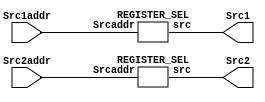
module RF(
    input  [4:0]Src1addr,
    input  [4:0]Src2addr,
    output [31:0]Src1,
    output [31:0]Src2
);
    REGISTER_SEL src1_sel(Src1addr,Src1);
    REGISTER_SEL src2_sel(Src2addr,Src2);

endmodule

module REGISTER_SEL(
    input [4:0]Srcaddr,
    output reg [31:0]src
);
    always @(Srcaddr)begin
        case (Srcaddr[4:0])
            5'd0: src <= 0;
            5'd1: src <= 1;
            5'd2: src <= 2;
            5'd3: src <= 3;
            5'd4: src <= 4;
            5'd5: src <= 5;
            5'd6: src <= 6;
            5'd7: src <= 7;
            5'd8: src <= 8;
            5'd9: src <= 9;
            5'd10: src <= 10;
            5'd11: src <= 11;
            5'd12: src <= 12;
            5'd13: src <= 13;
            5'd14: src <= 14;
            5'd15: src <= 15;
            5'd16: src <= 16;
            5'd17: src <= 17;
            5'd18: src <= 18;
            5'd19: src <= 19;
            5'd20: src <= 20;
            5'd21: src <= 21;
            5'd22: src <= 22;
            5'd23: src <= 23;
            5'd24: src <= 24;
            5'd25: src <= 25;
            5'd26: src <= 26;
            5'd27: src <= 27;
            5'd28: src <= 28;
            5'd29: src <= 29;
            5'd30: src <= 30;
            5'd31: src <= 31;
        endcase
    end
endmodule